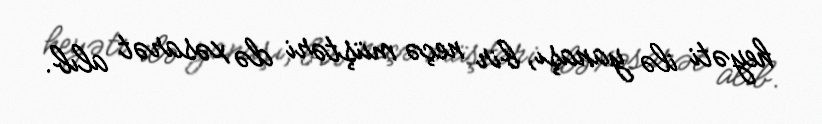
heyəti ilə yanaşı, bir neçə müştəri də xəsarət alıb.